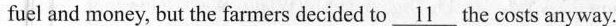
fuel and money, but the farmers decided to\underline{11} the costs anyway.